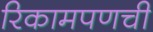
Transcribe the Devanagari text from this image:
रिकामपणची